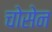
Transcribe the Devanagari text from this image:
चोसेन